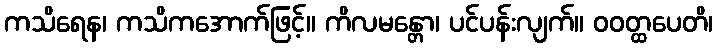
ကသိရေန၊ ကသိကအောက်ဖြင့်။ ကိလမန္တော၊ ပင်ပန်းလျက်။ ဝဝတ္ထပေတိ၊